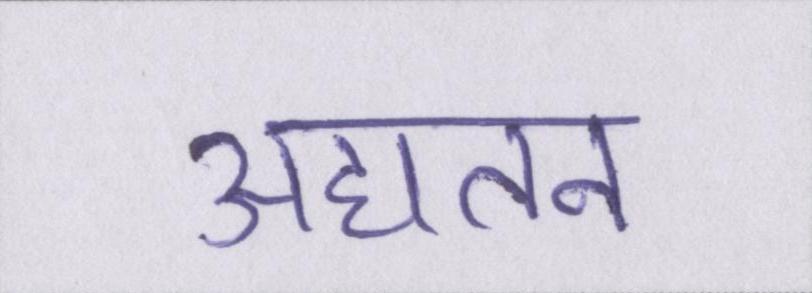
अद्यतन